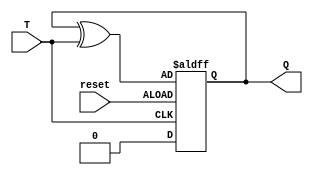
module t_flip_flop(
    input T,
    input reset,
    output reg Q
);

initial
begin
    Q = 0;
end

always @(posedge T or negedge reset)
begin
    if (reset)
        Q <= 0;
    else
        Q <= Q ^ T;
end

endmodule